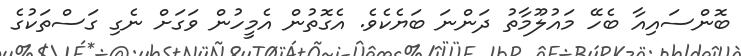
ބޮންސައިއާ ބެހޭ މައުލޫމާތު ދަންނަ ބަޔެކެވެ. އެގޮތުން އެމީހުން ވަގަށް ނެގި ގަސްތަކުގެ